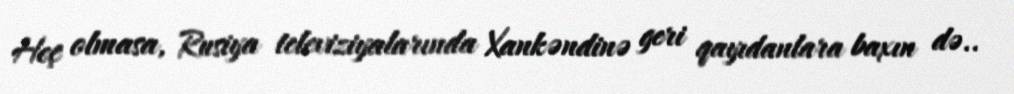
Heç olmasa, Rusiya televiziyalarında Xankəndinə geri qayıdanlara baxın də..